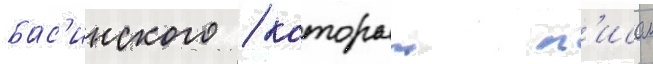
бас'инского / которыи п'исал